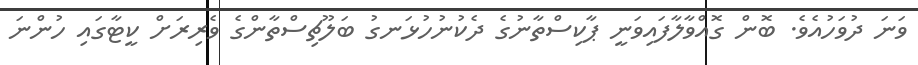
ވަނަ ދުވަހުއެވެ. ބޮން ގޮއްވާލާފައިވަނީ ޕާކިސްތާނުގެ ދެކުނުހުޅަނގު ބަލޫޗިސްތާންގެ ވެރިރަށް ކީޓާގައި ހުންނަ